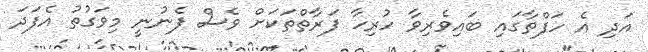
އަދި އެ ހަފްތާގައި ބައިވެރިވާ ހުރިހާ ފަރާތްތަކަށް ވެސް ފެނުނީ މިވަގުތު އެފަދަ